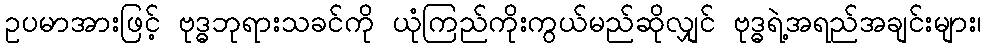
ဥပမာအားဖြင့် ဗုဒ္ဓဘုရားသခင်ကို ယုံကြည်ကိုးကွယ်မည်ဆိုလျှင် ဗုဒ္ဓရဲ့အရည်အချင်းများ၊